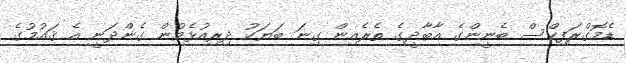
ޑެމޮގްރަފިކްސް ބެނީންގެ އާބާދީގެ ތެރެއިން ގިނަ ބަޔަކު ދިރިއުޅެމުން ގެންދަނީ އެ ޤައުމުގެ